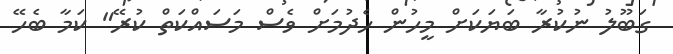
ގަބޫލު ނުކުރާ ބަޔަކަށް މީހުން ހެދުމަށް ވެސް މަސައްކަތް ކުރޭ" ކަމާ ބެހޭ